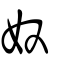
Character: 奴